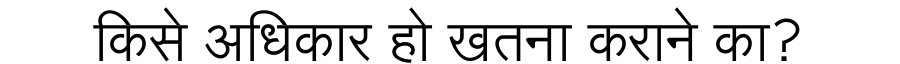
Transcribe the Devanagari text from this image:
किसे अधिकार हो खतना कराने का?